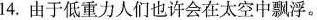
14.由于低重力人们也许会在太空中飘浮.